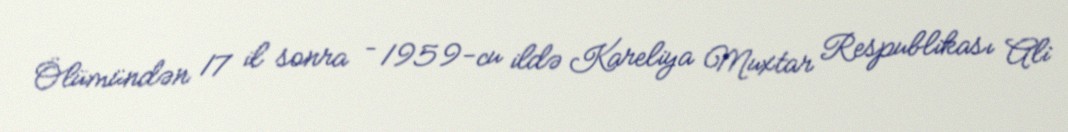
Ölümündən 17 il sonra – 1959-cu ildə Kareliya Muxtar Respublikası Ali